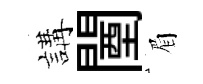
講闉眉